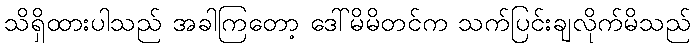
သိရှိထားပါသည် အခါကြတော့ ဒေါ်မိမိတင်က သက်ပြင်းချလိုက်မိသည်